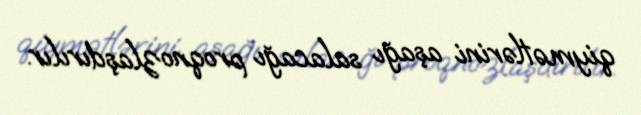
qiymətlərini aşağı salacağı proqnozlaşdırılır.